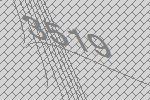
3519